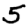
Digit: 5